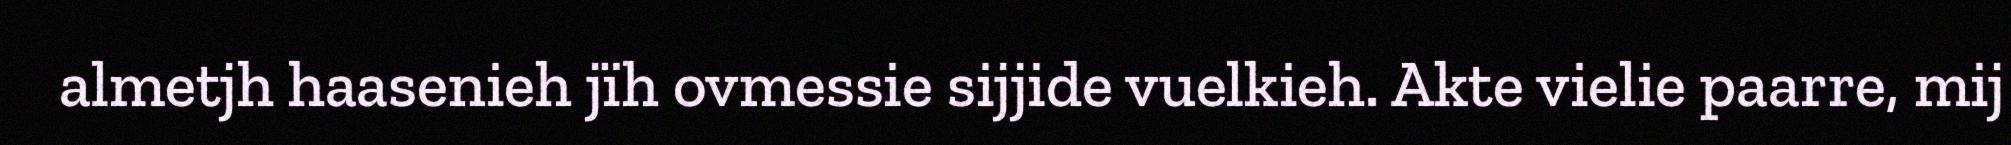
almetjh haasenieh jïh ovmessie sijjide vuelkieh. Akte vielie paarre, mij